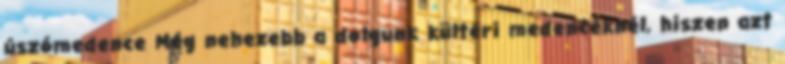
úszómedence Még nehezebb a dolgunk kültéri medencéknél, hiszen azt